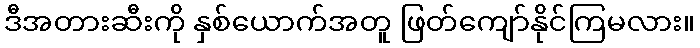
ဒီအတားဆီးကို နှစ်ယောက်အတူ ဖြတ်ကျော်နိုင်ကြမလား။